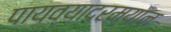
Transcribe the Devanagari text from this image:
पायव्यादरम्यान